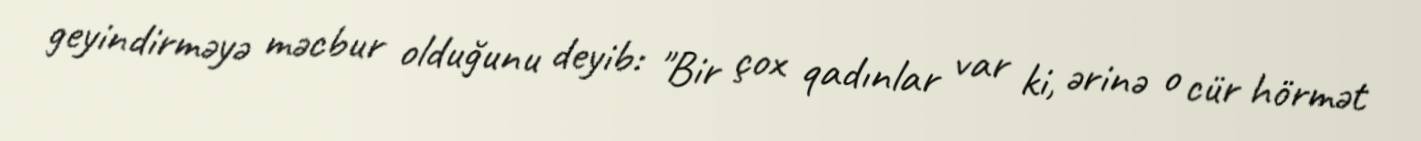
geyindirməyə məcbur olduğunu deyib: "Bir çox qadınlar var ki, ərinə o cür hörmət